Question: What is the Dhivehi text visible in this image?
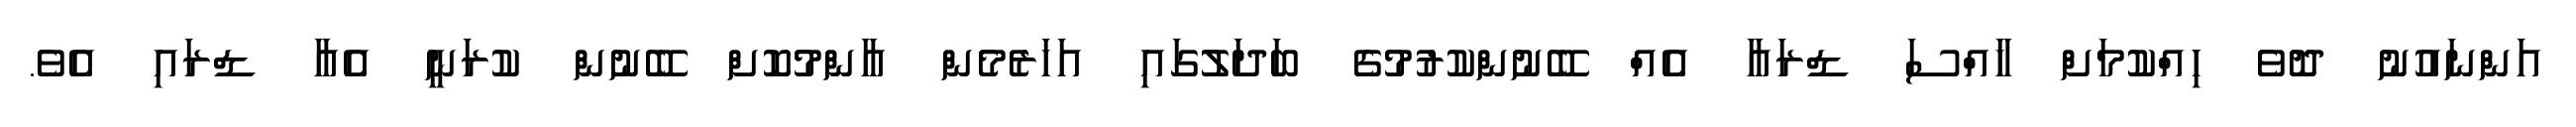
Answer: އަންނައުނު ދޮވެ ހިއްކުމަށް ހާއްސަ ޑްރައާ އެއް ބޭނުންކުރުމުގެ ބަދަލުގައި އަހަރެމެން އާންމުކޮށް ބޭނުން ކުރަނީ އެއާ ޑްރައި އެވެ.